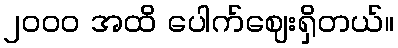
၂၀၀၀ အထိ ပေါက်ဈေးရှိတယ်။